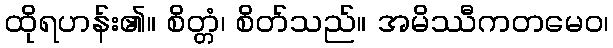
ထိုရဟန်း၏။ စိတ္တံ၊ စိတ်သည်။ အမိဿီကတမေဝ၊